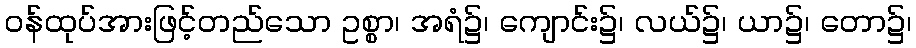
ဝန်ထုပ်အားဖြင့်တည်သော ဥစ္စာ၊ အရံ၌၊ ကျောင်း၌၊ လယ်၌၊ ယာ၌၊ တော၌၊